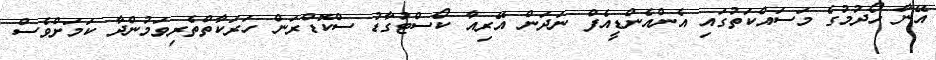
އޭނާ ހޯދުމުގެ މަސައްކަތުގައި އެންއެންޑީއެފް ނަދަން އޭރިއާ ކޯސްޓުގާޑު ސްކޮޑްރަން ހަރަކާތްތެރިވަމުންދާ ކަމަށްވެސް